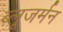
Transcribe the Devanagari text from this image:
ब्लूजर्मन